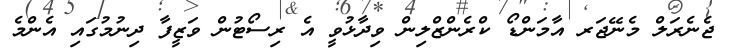
ޖެނެރަލް މެނޭޖަރ އާމަންޑޯ ކްރެންޒްލިން ވިދާޅުވީ އެ ރިސޯޓުން ވަޒީފާ ދިނުމުގައި އެންމެ